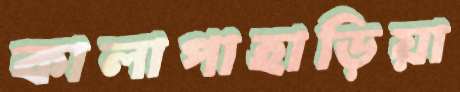
কালাপাহাড়িয়া